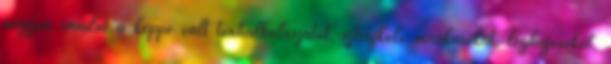
nagyon imádni a képpé vált tonhalhalászatot, sztrájkoló munkásokat, léghajósokat,